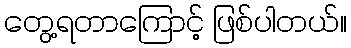
တွေ့ရတာကြောင့် ဖြစ်ပါတယ်။